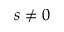
s \ne 0